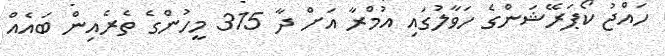
ހައްޖު ކޯޕަރޭޝަންގެ ހަވާލުގައި އުމްރާ އަށް ދާ 315 މީހުންގެ ތެރެއިން ބައެއް